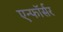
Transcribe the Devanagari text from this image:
एन्फाॅर्सर